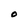
Character: O